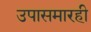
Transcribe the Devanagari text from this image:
उपासमारही